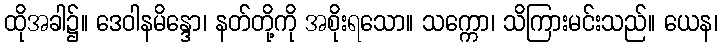
ထိုအခါ၌။ ဒေဝါနမိန္ဒော၊ နတ်တို့ကို အစိုးရသော။ သက္ကော၊ သိကြားမင်းသည်။ ယေန၊